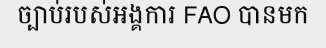
ច្បាប់របស់អង្គការ FAO បានមក